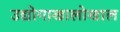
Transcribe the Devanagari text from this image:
उद्योगाखालोखाल